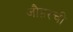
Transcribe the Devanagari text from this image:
जौहरची